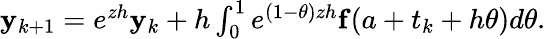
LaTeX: \begin{array}{r}{{\mathbf y}_{k+1}=e^{zh}{\mathbf y}_{k}+h\int_{0}^{1}e^{(1-\theta)zh}{\mathbf f}(a+t_{k}+h\theta)d\theta.}\end{array}